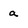
Character: a